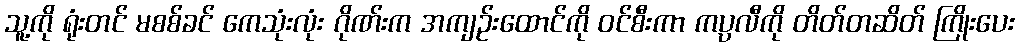
သူ့ကို ရုံးတင် မစစ်ခင် ကေသုံးလုံး ဂိုဏ်းက အကျဉ်းထောင်ကို ဝင်စီးကာ ကပ္ပလီကို တိတ်တဆိတ် ကြိုးပေး